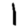
Digit: 1